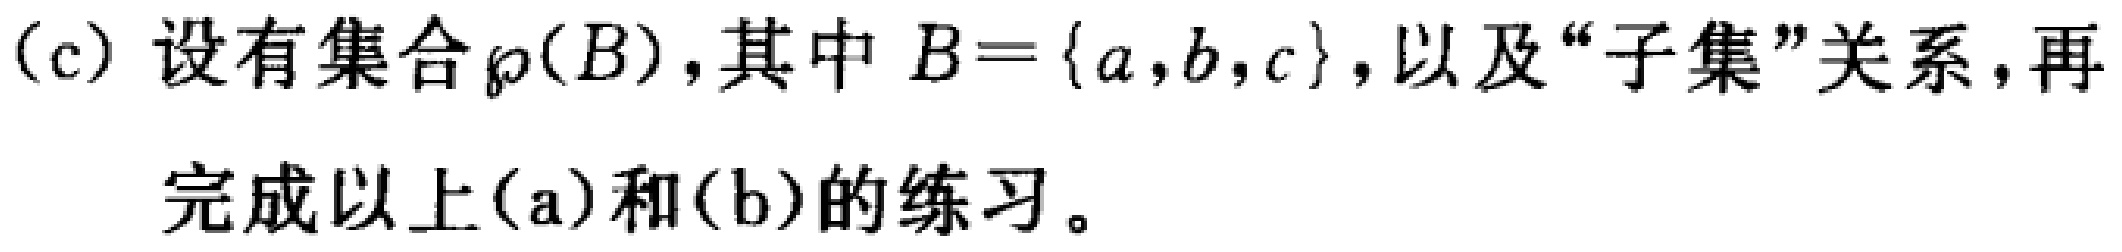
(c) 设有集合$\wp(B)$，其中$B = \{a, b, c\}$，以及“子集”关系，再
完成以上(a)和(b)的练习。